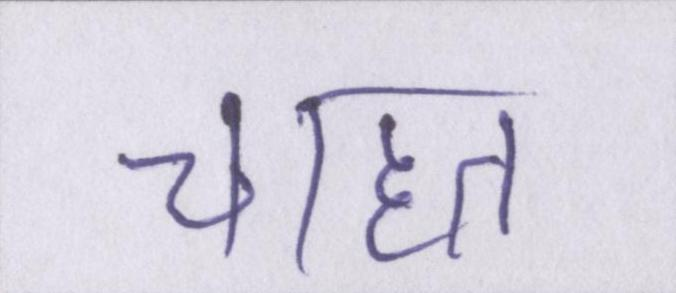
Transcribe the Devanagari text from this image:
चाहत